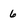
Character: 6